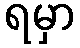
ရမှာ